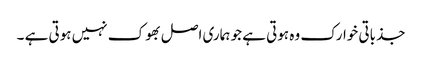
جذباتی خوارک وہ ہوتی ہے جو ہماری اصل بھوک نہیں ہوتی ہے ۔